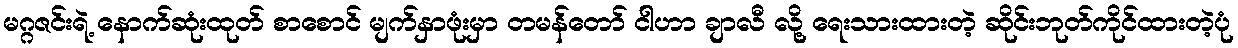
မဂ္ဂဇင်းရဲ့ နောက်ဆုံးထုတ် စာစောင် မျက်နှာဖုံးမှာ တမန်တော် ငါဟာ ချာလီ လို့ ရေးသားထားတဲ့ ဆိုင်းဘုတ်ကိုင်ထားတဲ့ပုံ